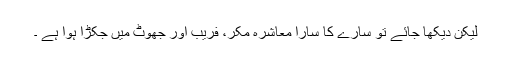
لیکن دیکھا جائے تو سارے کا سارا معاشرہ مَکر، فریب اور جھوٹ میں جکڑا ہوا ہے ۔